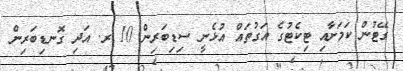
ގޭޓުން ކަމަށާއި ޓިކެޓުގެ އަގުތައް އުޅެނީ ސިޑިބަރިން 10 ރ. އަދި ގޮނޑިބަރިން